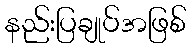
နည်းပြချုပ်အဖြစ်